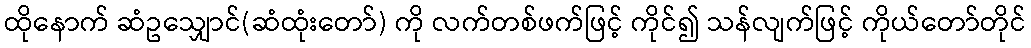
ထိုနောက် ဆံဥသျှောင်(ဆံထုံးတော်) ကို လက်တစ်ဖက်ဖြင့် ကိုင်၍ သန်လျက်ဖြင့် ကိုယ်တော်တိုင်